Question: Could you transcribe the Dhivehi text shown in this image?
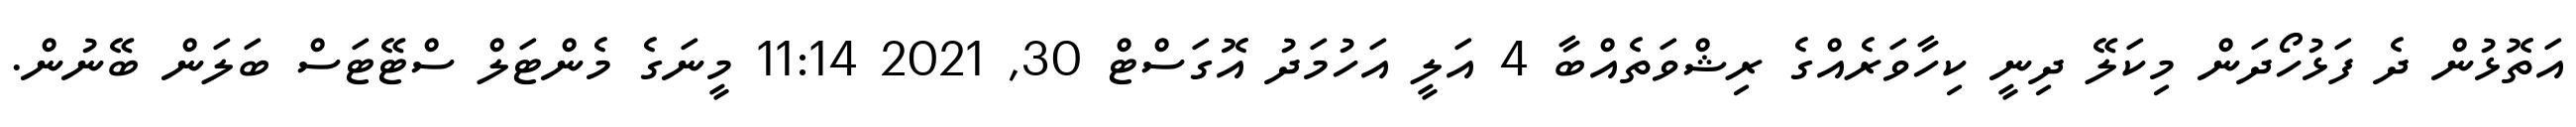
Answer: އަތޮޅުން ދެ ފަޅުހޯދަން މިކަލޭ ދިނީ ކިހާވަރެއްގެ ރިޝްވަތެއްބާ 4 އަލީ އަހުމަދު އޮގަސްޓް 30, 2021 11:14 މީނަގެ މެންޓަލް ސްޓޭޓަސް ބަލަން ބޭނުން.